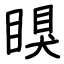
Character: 瞁